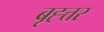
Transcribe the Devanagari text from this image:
बृह्त्तर